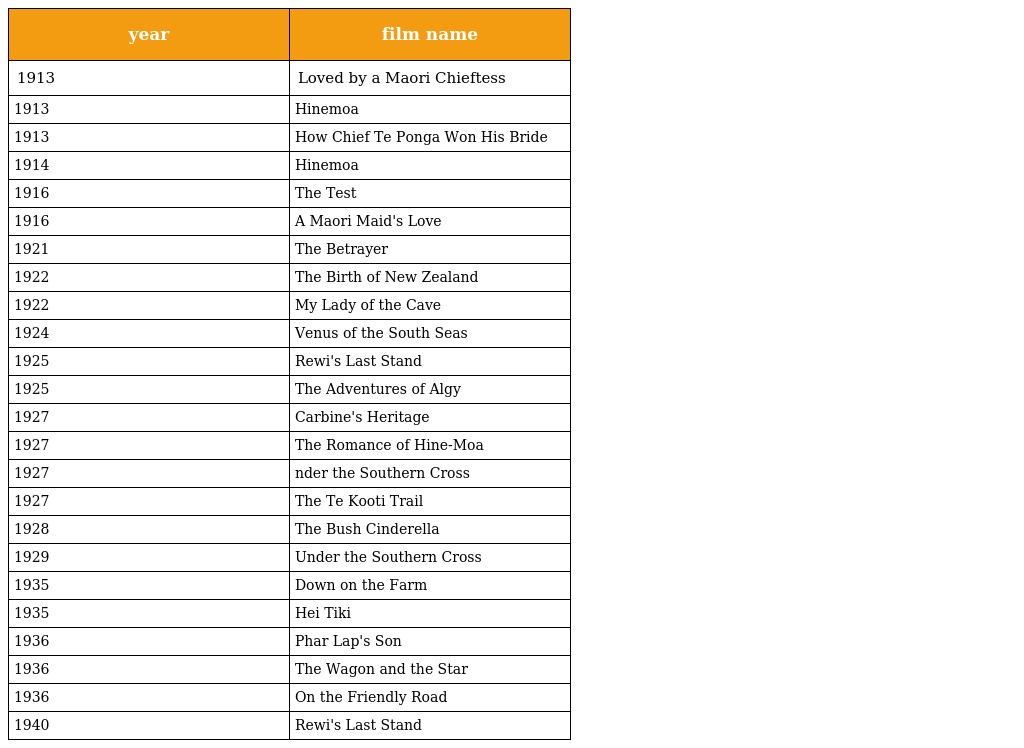
| year | film name |
 | --- | --- |
 | 1913 | Loved by a Maori Chieftess |
 | 1913 | Hinemoa |
 | 1913 | How Chief Te Ponga Won His Bride |
 | 1914 | Hinemoa |
 | 1916 | The Test |
 | 1916 | A Maori Maid's Love |
 | 1921 | The Betrayer |
 | 1922 | The Birth of New Zealand |
 | 1922 | My Lady of the Cave |
 | 1924 | Venus of the South Seas |
 | 1925 | Rewi's Last Stand |
 | 1925 | The Adventures of Algy |
 | 1927 | Carbine's Heritage |
 | 1927 | The Romance of Hine-Moa |
 | 1927 | nder the Southern Cross |
 | 1927 | The Te Kooti Trail |
 | 1928 | The Bush Cinderella |
 | 1929 | Under the Southern Cross |
 | 1935 | Down on the Farm |
 | 1935 | Hei Tiki |
 | 1936 | Phar Lap's Son |
 | 1936 | The Wagon and the Star |
 | 1936 | On the Friendly Road |
 | 1940 | Rewi's Last Stand |